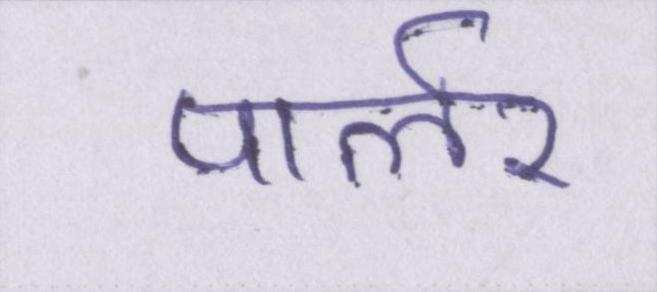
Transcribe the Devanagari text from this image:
पार्लर